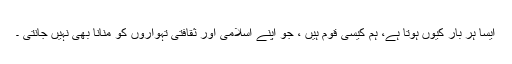
ایسا ہر بار کیوں ہوتا ہے، ہم کیسی قوم ہیں ، جو اپنے اسلامی اور ثقافتی تہواروں کو منانا بھی نہیں جانتی ۔